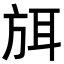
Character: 𭤶